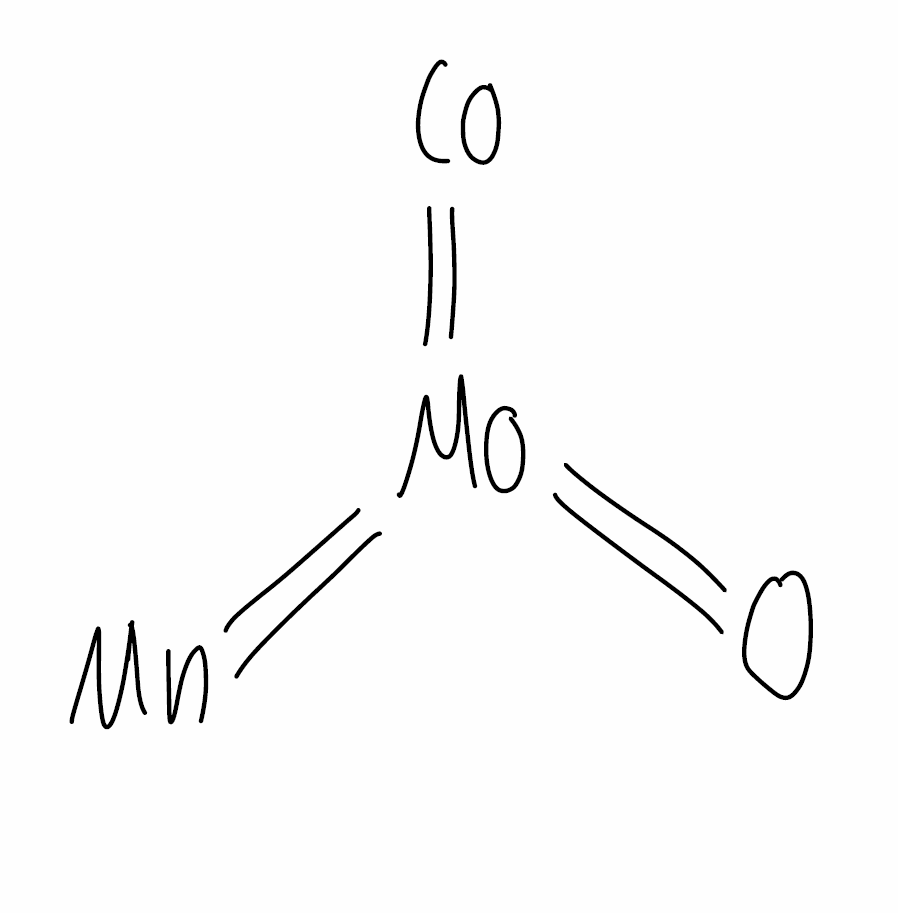
Simplified molecular-input line-entry system (SMILES) notation of the given molecule:
O=[Mo](=[Mn])=[Co]